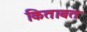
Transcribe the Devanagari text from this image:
किताबत